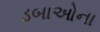
ડબાઓના